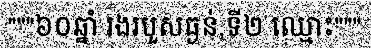
"""៦០ឆ្នាំ រងរបួសធ្ងន់,ទី២ ឈ្មោះ"""